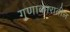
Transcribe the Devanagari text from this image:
गुणाकारातील